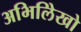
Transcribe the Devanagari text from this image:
अभिलिेखो